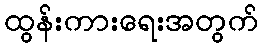
ထွန်းကားရေးအတွက်